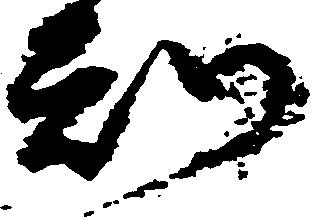
知